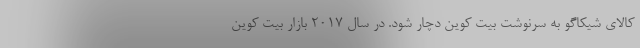
کالای شیکاگو به سرنوشت بیت کوین دچار شود. در سال ۲۰۱۷ بازار بیت کوین